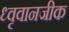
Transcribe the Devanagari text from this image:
ध्वृवानजीक